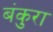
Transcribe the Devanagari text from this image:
बंकुरा